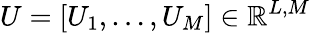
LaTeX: U=[U_{1},\dots,U_{M}]\in\mathbb{R}^{L,M}